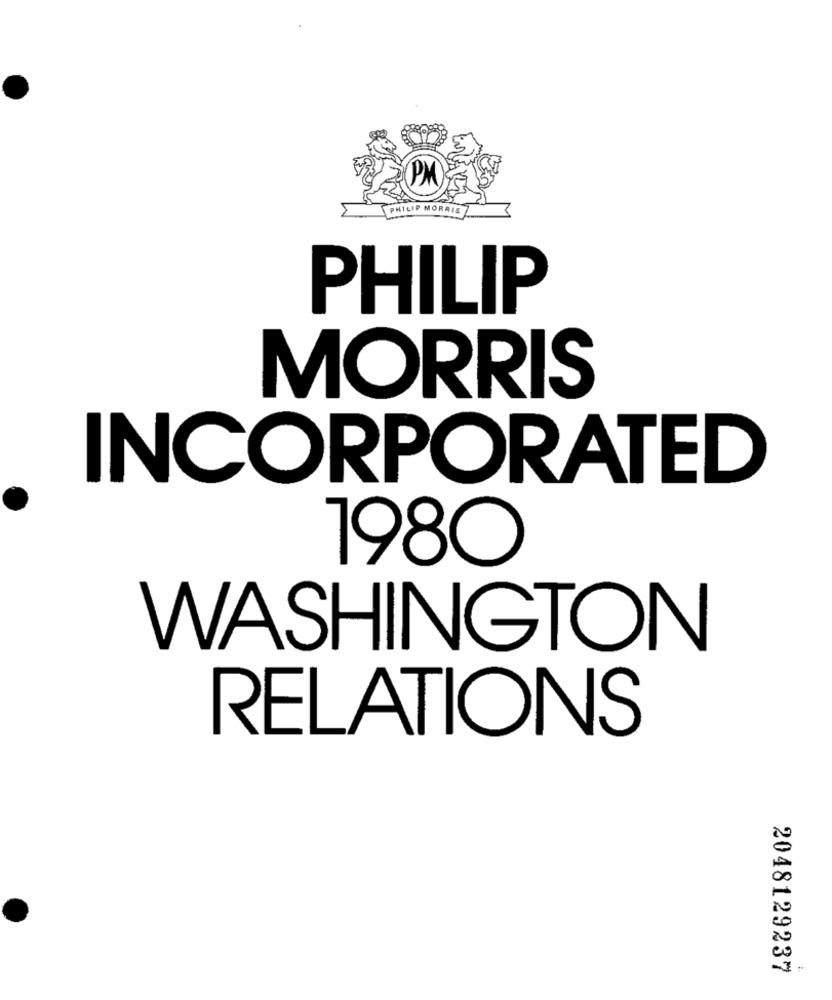
PHIL
P MORRIS
PHILIP
MORRIS
INCORPORATED
1980
WASHINGTON
RELATIONS
2048129237